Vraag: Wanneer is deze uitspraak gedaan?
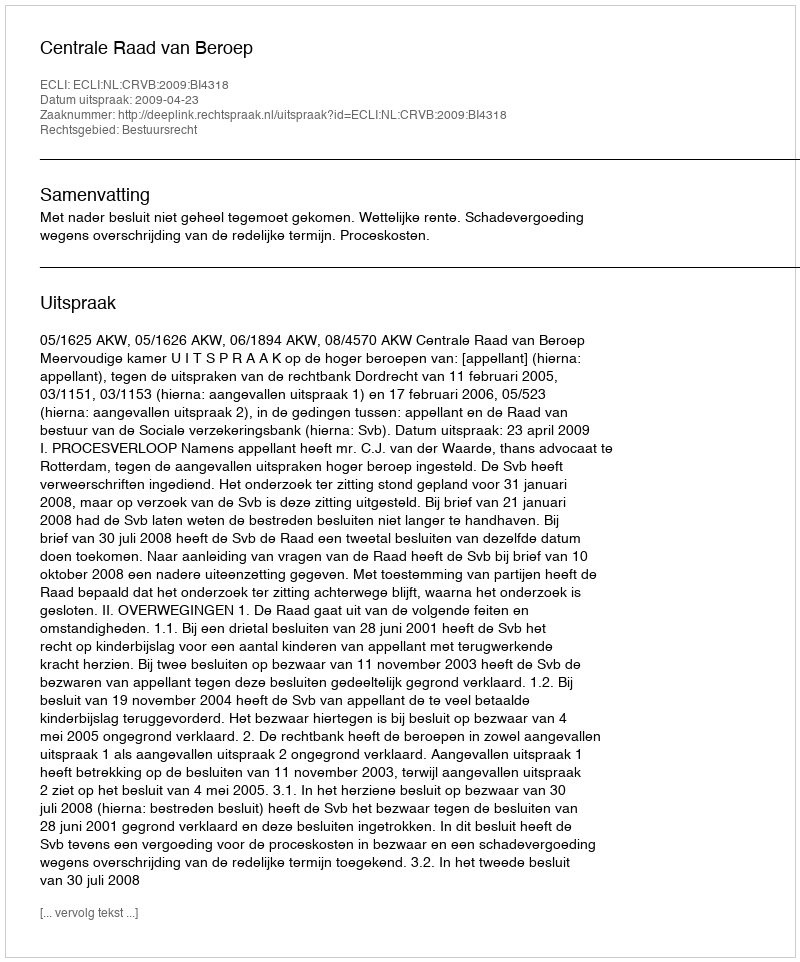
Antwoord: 2009-04-23